King Institute of Preventive Medicine Micro-Biological Section reports 1912-19
Year: 1912
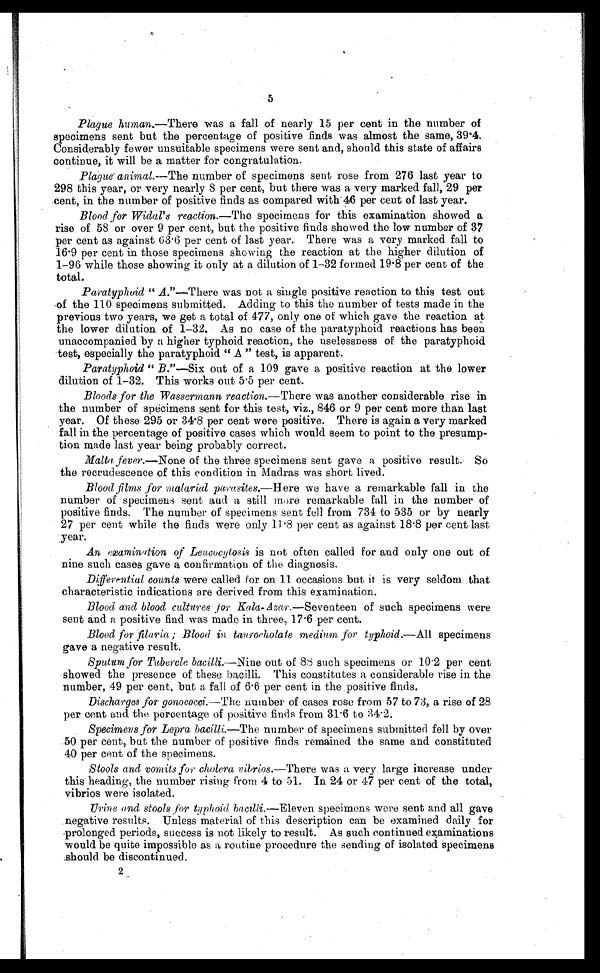
5
Plague human.—There was a fall of nearly 15 per cent in the number of
specimens sent but the percentage of positive finds was almost the same, 39.4.
Considerably fewer unsuitable specimens were sent and, should this state of affairs
continue, it will be a matter for congratulation.
Plague animal. —The number of specimens sent rose from 276 last year to
298 this year, or very nearly 8 per cent, but there was a very marked fall, 29 per
cent, in the number of positive finds as compared with 46 per cent of last year.
Blood for Widal's reaction. —The specimens for this examination showed a
rise of 58 or over 9 per cent, but the positive finds showed the low number of 37
per cent as against 63.6 per cent of last year. There was a very marked fall to
16.9 per cent in those specimens showing the reaction at the higher dilution of
1–96 while those showing it only at a dilution of 1–32 formed 19.8 per cent of the
total.
Paratyphoid " A ."—There was not a single positive reaction to this test out
of the 110 specimens submitted. Adding to this the number of tests made in the
previous two years, we get a total of 477, only one of which gave the reaction at
the lower dilution of 1–32. As no case of the paratyphoid reactions has been
unaccompanied by a higher typhoid reaction, the uselessness of the paratyphoid
test, especially the paratyphoid " A " test, is apparent.
Paratyphoid " B ."—Six out of a 109 gave a positive reaction at the lower
dilution of 1–32. This works out 5.5 per cent.
Bloods for the Wassermann reaction. —There was another considerable rise in
the number of specimens sent for this test, viz., 846 or 9 per cent more than last
year. Of these 295 or 34.8 per cent were positive. There is again a very marked
fall in the percentage of positive cases which would seem to point to the presump
-tion made last year being probably correct.
Malta fever. —None of the three specimens sent gave a positive result. So
the recrudescence of this condition in Madras was short lived.
Blood films for malarial parasites. —Here we have a remarkable fall in the
number of specimens sent and a still more remarkable fall in the number of
positive finds. The number of specimens sent fell from 734 to 535 or by nearly
27 per cent while the finds were only 11.8 per cent as against 18.8 per cent last
year.
An examination of Leucocytosis is not often called for and only one out of
nine such cases gave a confirmation of the diagnosis.
Differential counts were called for on 11 occasions but it is very seldom that
characteristic indications are derived from this examination.
Blood and blood cultures for Kola-Azar.— Seventeen of such specimens were
sent and a positive find was made in three, 17.6 per cent.
Blood for filaria; Blood in taurocholate medium for typhoid. —All specimens
gave a negative result.
Sputum for Tubercle bacilli.—Nine out of 88 such specimens or 10.2 per cent
showed the presence of these bacilli. This constitutes a considerable rise in the
number, 49 per cent, but a fall of 6.6 per cent in the positive finds.
Discharges for gonococci. —The number of cases rose from 57 to 73, a rise of 28
per cent and the percentage of positive finds from 31.6 to 34.2.
Specimens for Lepra bacilli. —The number of specimens submitted fell by over
50 per cent, but the number of positive finds remained the same and constituted
40 per cent of the specimens.
Stools and vomits for cholera vibrios. —There was a very large increase under
this heading, the number rising from 4 to 51. In 24 or 47 per cent of the total,
vibrios were isolated.
Urine and stools for typhoid bacilli. —Eleven specimens were sent and all gave
negative results. Unless material of this description can be examined daily for
prolonged periods, success is not likely to result. As such continued examinations
would be quite impossible as a routine procedure the sending of isolated specimens
should be discontinued.
2